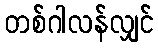
တစ်ဂါလန်လျှင်